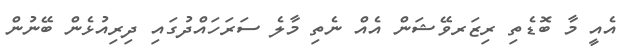
އެއީ މާ ބޮޑެތި ރިޒަރވޭޝަން އެއް ނެތި މާލެ ސަރަހައްދުގައި ދިރިއުޅެން ބޭނުން